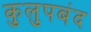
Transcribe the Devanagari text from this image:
कुलुपबंद